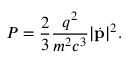
P = { \frac { 2 } { 3 } } { \frac { q ^ { 2 } } { m ^ { 2 } c ^ { 3 } } } | { \dot { \mathbf { p } } } | ^ { 2 } .